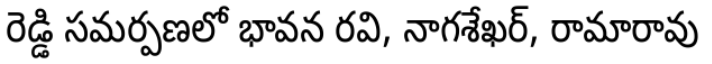
రెడ్డి సమర్పణలో భావన రవి, నాగశేఖర్, రామారావు